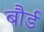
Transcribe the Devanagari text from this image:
बौर्ड